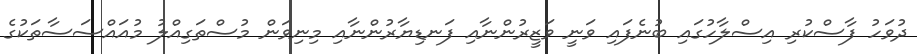
ދުވަހު ފާސްކުރި އިސްލާހުގައި ބުނެފައި ވަނީ ވަޒީރުންނާއި ފަނޑިޔާރުންނާއި މިނިވަން މުސްތަގިއްލު މުއައްސަސާތަކުގެ